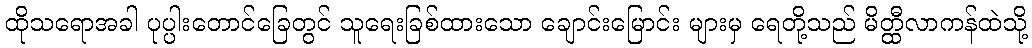
ထိုသရောအခါ ပုပ္ပါးတောင်ခြေတွင် သူရေးခြစ်ထားသော ချောင်းမြောင်း များမှ ရေတို့သည် မိတ္ထီလာကန်ထဲသို့